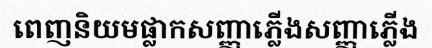
ពេញនិយមផ្លាកសញ្ញាភ្លើងសញ្ញាភ្លើង